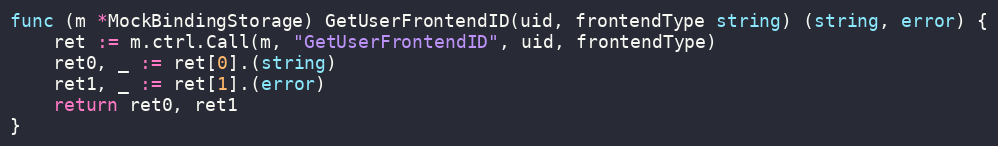
Language: Go
func (m *MockBindingStorage) GetUserFrontendID(uid, frontendType string) (string, error) {
	ret := m.ctrl.Call(m, "GetUserFrontendID", uid, frontendType)
	ret0, _ := ret[0].(string)
	ret1, _ := ret[1].(error)
	return ret0, ret1
}